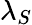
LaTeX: \lambda_{S}